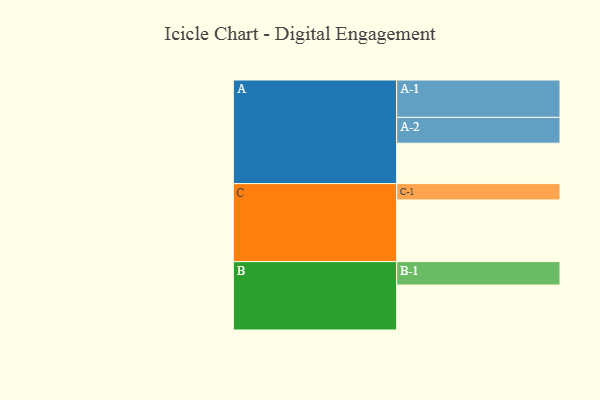
{"axis": {"x": "Segment", "y": "Value"}, "legend": ["", "A", "B", "C"], "data": [{"x": "A", "y": 319, "type": ""}, {"x": "B", "y": 355, "type": ""}, {"x": "C", "y": 487, "type": ""}, {"x": "A-1", "y": 295, "type": "A"}, {"x": "A-2", "y": 204, "type": "A"}, {"x": "B-1", "y": 185, "type": "B"}, {"x": "C-1", "y": 129, "type": "C"}]}